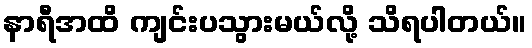
နာရီအထိ ကျင်းပသွားမယ်လို့ သိရပါတယ်။